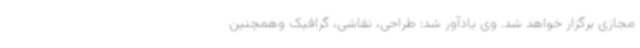
مجازی برگزار خواهد شد. وی یادآور شد: طراحی، نقاشی، گرافیک وهمچنین